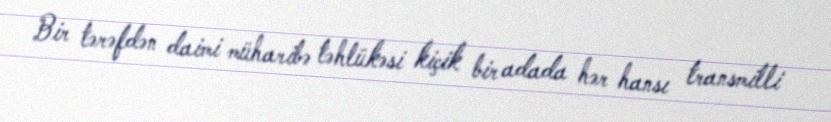
Bir tərəfdən daimi müharibə təhlükəsi kiçik bir adada hər hansı transmilli